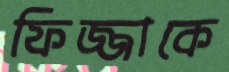
ফিজ্জাকে